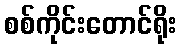
စစ်ကိုင်းတောင်ရိုး